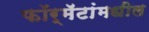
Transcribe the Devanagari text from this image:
फॉर्मॅटांमधील